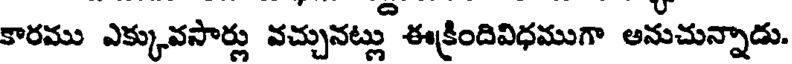
కారము ఎక్కువసార్లు వచ్చునట్లు ఈక్రిందివిధముగా అనుచున్నాడు.